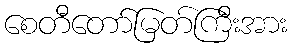
စေတီတော်မြတ်ကြီးအား